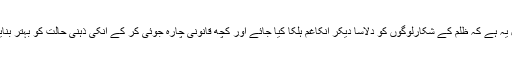
بہتر حل یہ ہے کہ ظلم کے شکارلوگوں کو دلاسا دیکر انکاغم ہلکا کیا جائے اور کچھ قانونی چارہ جوئی کر کے انکی ذہنی حالت کو بہتر بنایا جائے۔